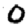
Digit: 0